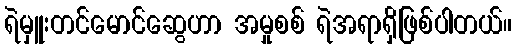
ရဲမှူးတင်မောင်ဆွေဟာ အမှုစစ် ရဲအရာရှိဖြစ်ပါတယ်။